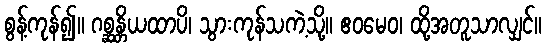
စွန့်ကုန်၍။ ဂစ္ဆန္တိယထာပိ၊ သွားကုန်သကဲ့သို့။ ဧဝမေဝ၊ ထို့အတူသာလျှင်။